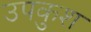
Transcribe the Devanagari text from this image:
उपकुश